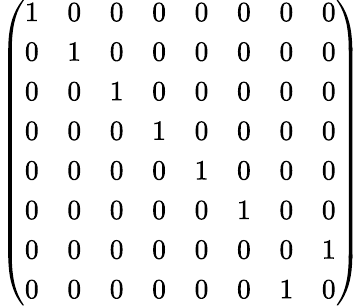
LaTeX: \left(\begin{array}{llllllll}{1}&{0}&{0}&{0}&{0}&{0}&{0}&{0}\\ {0}&{1}&{0}&{0}&{0}&{0}&{0}&{0}\\ {0}&{0}&{1}&{0}&{0}&{0}&{0}&{0}\\ {0}&{0}&{0}&{1}&{0}&{0}&{0}&{0}\\ {0}&{0}&{0}&{0}&{1}&{0}&{0}&{0}\\ {0}&{0}&{0}&{0}&{0}&{1}&{0}&{0}\\ {0}&{0}&{0}&{0}&{0}&{0}&{0}&{1}\\ {0}&{0}&{0}&{0}&{0}&{0}&{1}&{0}\end{array}\right)